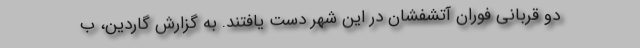
دو قربانی فوران آتشفشان در این شهر دست یافتند. به گزارش گاردین، ب